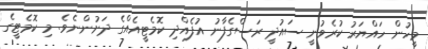
މީހުން ހައްޔަރު ކުރެވުނީ ސައުދީ ރަސްގެފާނު އުފެއްދި ކޮމެޓީއެއްގެ ދަށުންނެވެ. މި ކޮމެޓީގެ